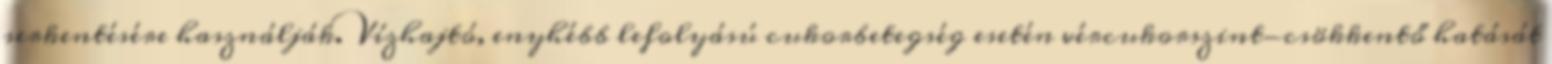
serkentésére használják. Vízhajtó, enyhébb lefolyású cukorbetegség esetén vércukorszint-csökkentő hatását